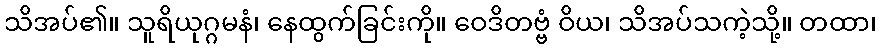
သိအပ်၏။ သူရိယုဂ္ဂမနံ၊ နေထွက်ခြင်းကို။ ဝေဒိတဗ္ဗံ ဝိယ၊ သိအပ်သကဲ့သို့။ တထာ၊